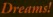
Dreams!